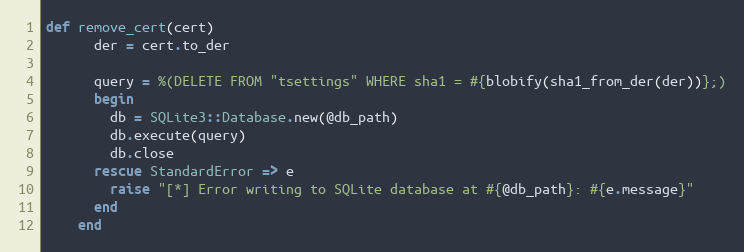
Language: Ruby
def remove_cert(cert)
      der = cert.to_der

      query = %(DELETE FROM "tsettings" WHERE sha1 = #{blobify(sha1_from_der(der))};)
      begin
        db = SQLite3::Database.new(@db_path)
        db.execute(query)
        db.close
      rescue StandardError => e
        raise "[*] Error writing to SQLite database at #{@db_path}: #{e.message}"
      end
    end